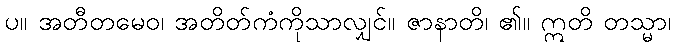
ပ။ အတီတမေဝ၊ အတိတ်ကံကိုသာလျှင်။ ဇာနာတိ၊ ၏။ ဣတိ တသ္မာ၊